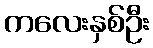
ကလေးနှစ်ဦး